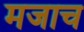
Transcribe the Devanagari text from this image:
मजाच